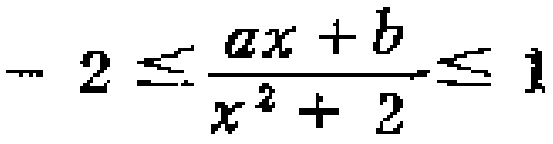
\[- 2 \leq \frac{ax + b}{x^{2} + 2} \leq 1\]